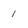
Character: 1